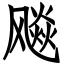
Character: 飚